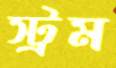
স্ট্রম